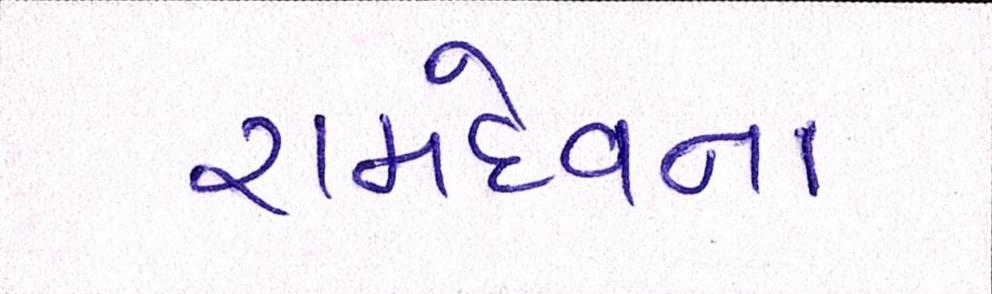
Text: રામદેવના